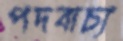
পদবাচ্য